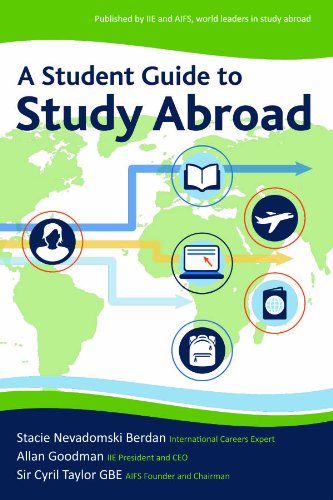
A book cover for A Student Guide to Study Abroad; Stacie Nevadomski Berdan; Travel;